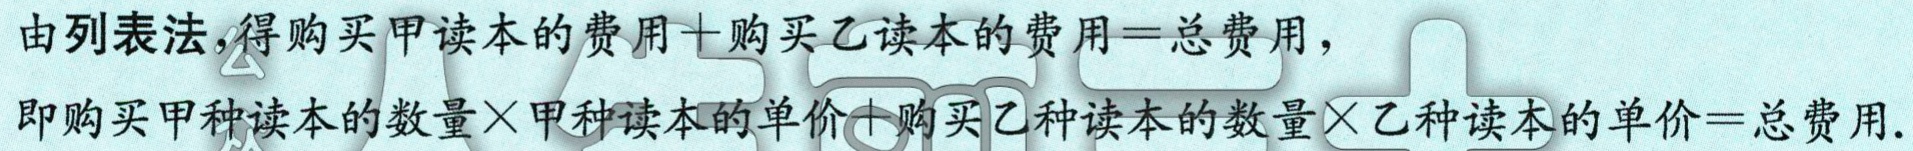
由列表法,得购买甲读本的费用+购买乙读本的费用=总费用，
即购买甲种读本的数量$\times$甲种读本的单价+购买乙种读本的数量$\times$乙种读本的单价=总费用.